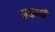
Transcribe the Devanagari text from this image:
मकली